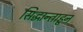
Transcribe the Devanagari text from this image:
सिद्धान्ताहून